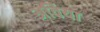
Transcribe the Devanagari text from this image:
अविया